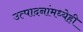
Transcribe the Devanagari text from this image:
उत्पादनांमध्येही